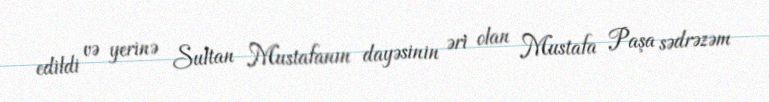
edildi və yerinə Sultan Mustafanın dayəsinin əri olan Mustafa Paşa sədrəzəm